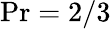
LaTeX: \mathrm{Pr}={2}/{3}